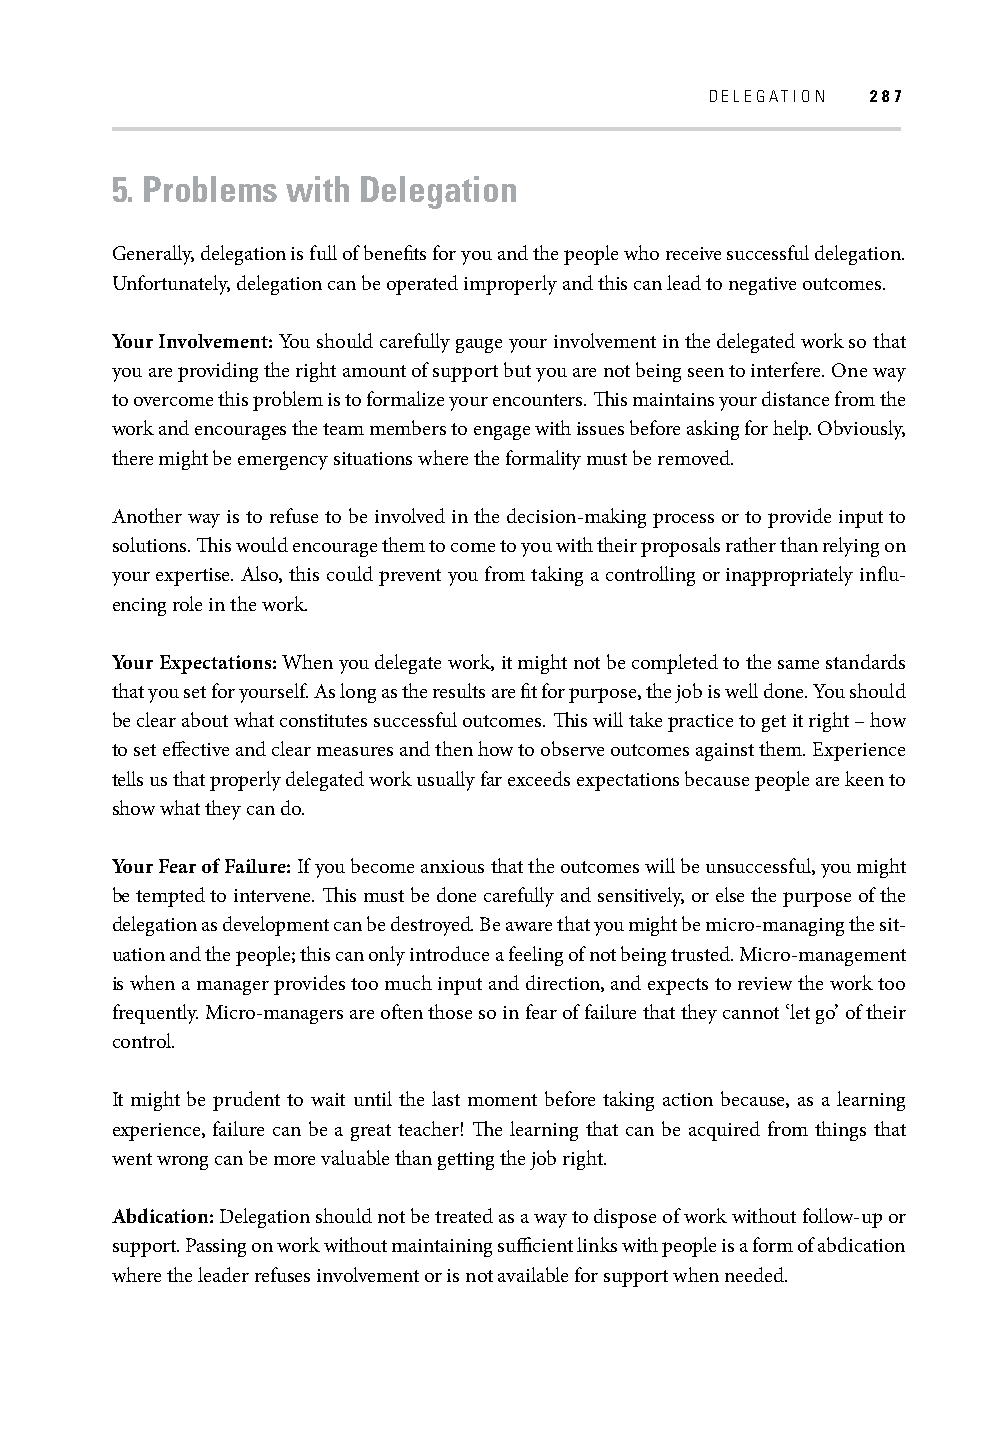
DELEGATION 287
 5. Problems with Delegation
 Generally, delegation is full of benefi ts for you and the people who receive successful delegation.
 Unfortunately, delegation can be operated improperly and this can lead to negative outcomes.
 Your Involvement: You should carefully gauge your involvement in the delegated work so that
 you are providing the right amount of support but you are not being seen to interfere. One way
 to overcome this problem is to formalize your encounters. Th is maintains your distance from the
 work and encourages the team members to engage with issues before asking for help. Obviously,
 there might be emergency situations where the formality must be removed.
 Another way is to refuse to be involved in the decision-making process or to provide input to
 solutions. Th is would encourage them to come to you with their proposals rather than relying on
 your expertise. Also, this could prevent you from taking a controlling or inappropriately infl u-
 encing role in the work.
 Your Expectations: When you delegate work, it might not be completed to the same standards
 that you set for yourself. As long as the results are fi t for purpose, the job is well done. You should
 be clear about what constitutes successful outcomes. Th is will take practice to get it right – how
 to set eff ective and clear measures and then how to observe outcomes against them. Experience
 tells us that properly delegated work usually far exceeds expectations because people are keen to
 show what they can do.
 Your Fear of Failure: If you become anxious that the outcomes will be unsuccessful, you might
 be tempted to intervene. Th is must be done carefully and sensitively, or else the purpose of the
 delegation as development can be destroyed. Be aware that you might be micro-managing the sit-
 uation and the people; this can only introduce a feeling of not being trusted. Micro-management
 is when a manager provides too much input and direction, and expects to review the work too
 frequently. Micro-managers are oft en those so in fear of failure that they cannot ‘let go’ of their
 control.
 It might be prudent to wait until the last moment before taking action because, as a learning
 experience, failure can be a great teacher! Th e learning that can be acquired from things that
 went wrong can be more valuable than getting the job right.
 Abdication: Delegation should not be treated as a way to dispose of work without follow-up or
 support. Passing on work without maintaining suffi cient links with people is a form of abdication
 where the leader refuses involvement or is not available for support when needed.